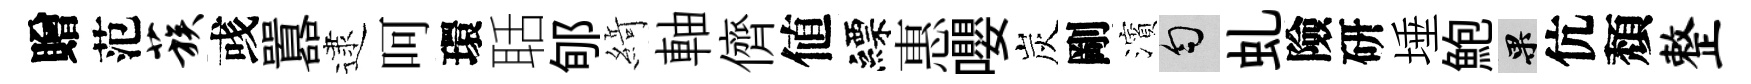
贈范蔟彧囂逮呵環聒郇𦂶軸儕値縹惠嚶炭剛濱匀虬險研埵鮑果伉頽整